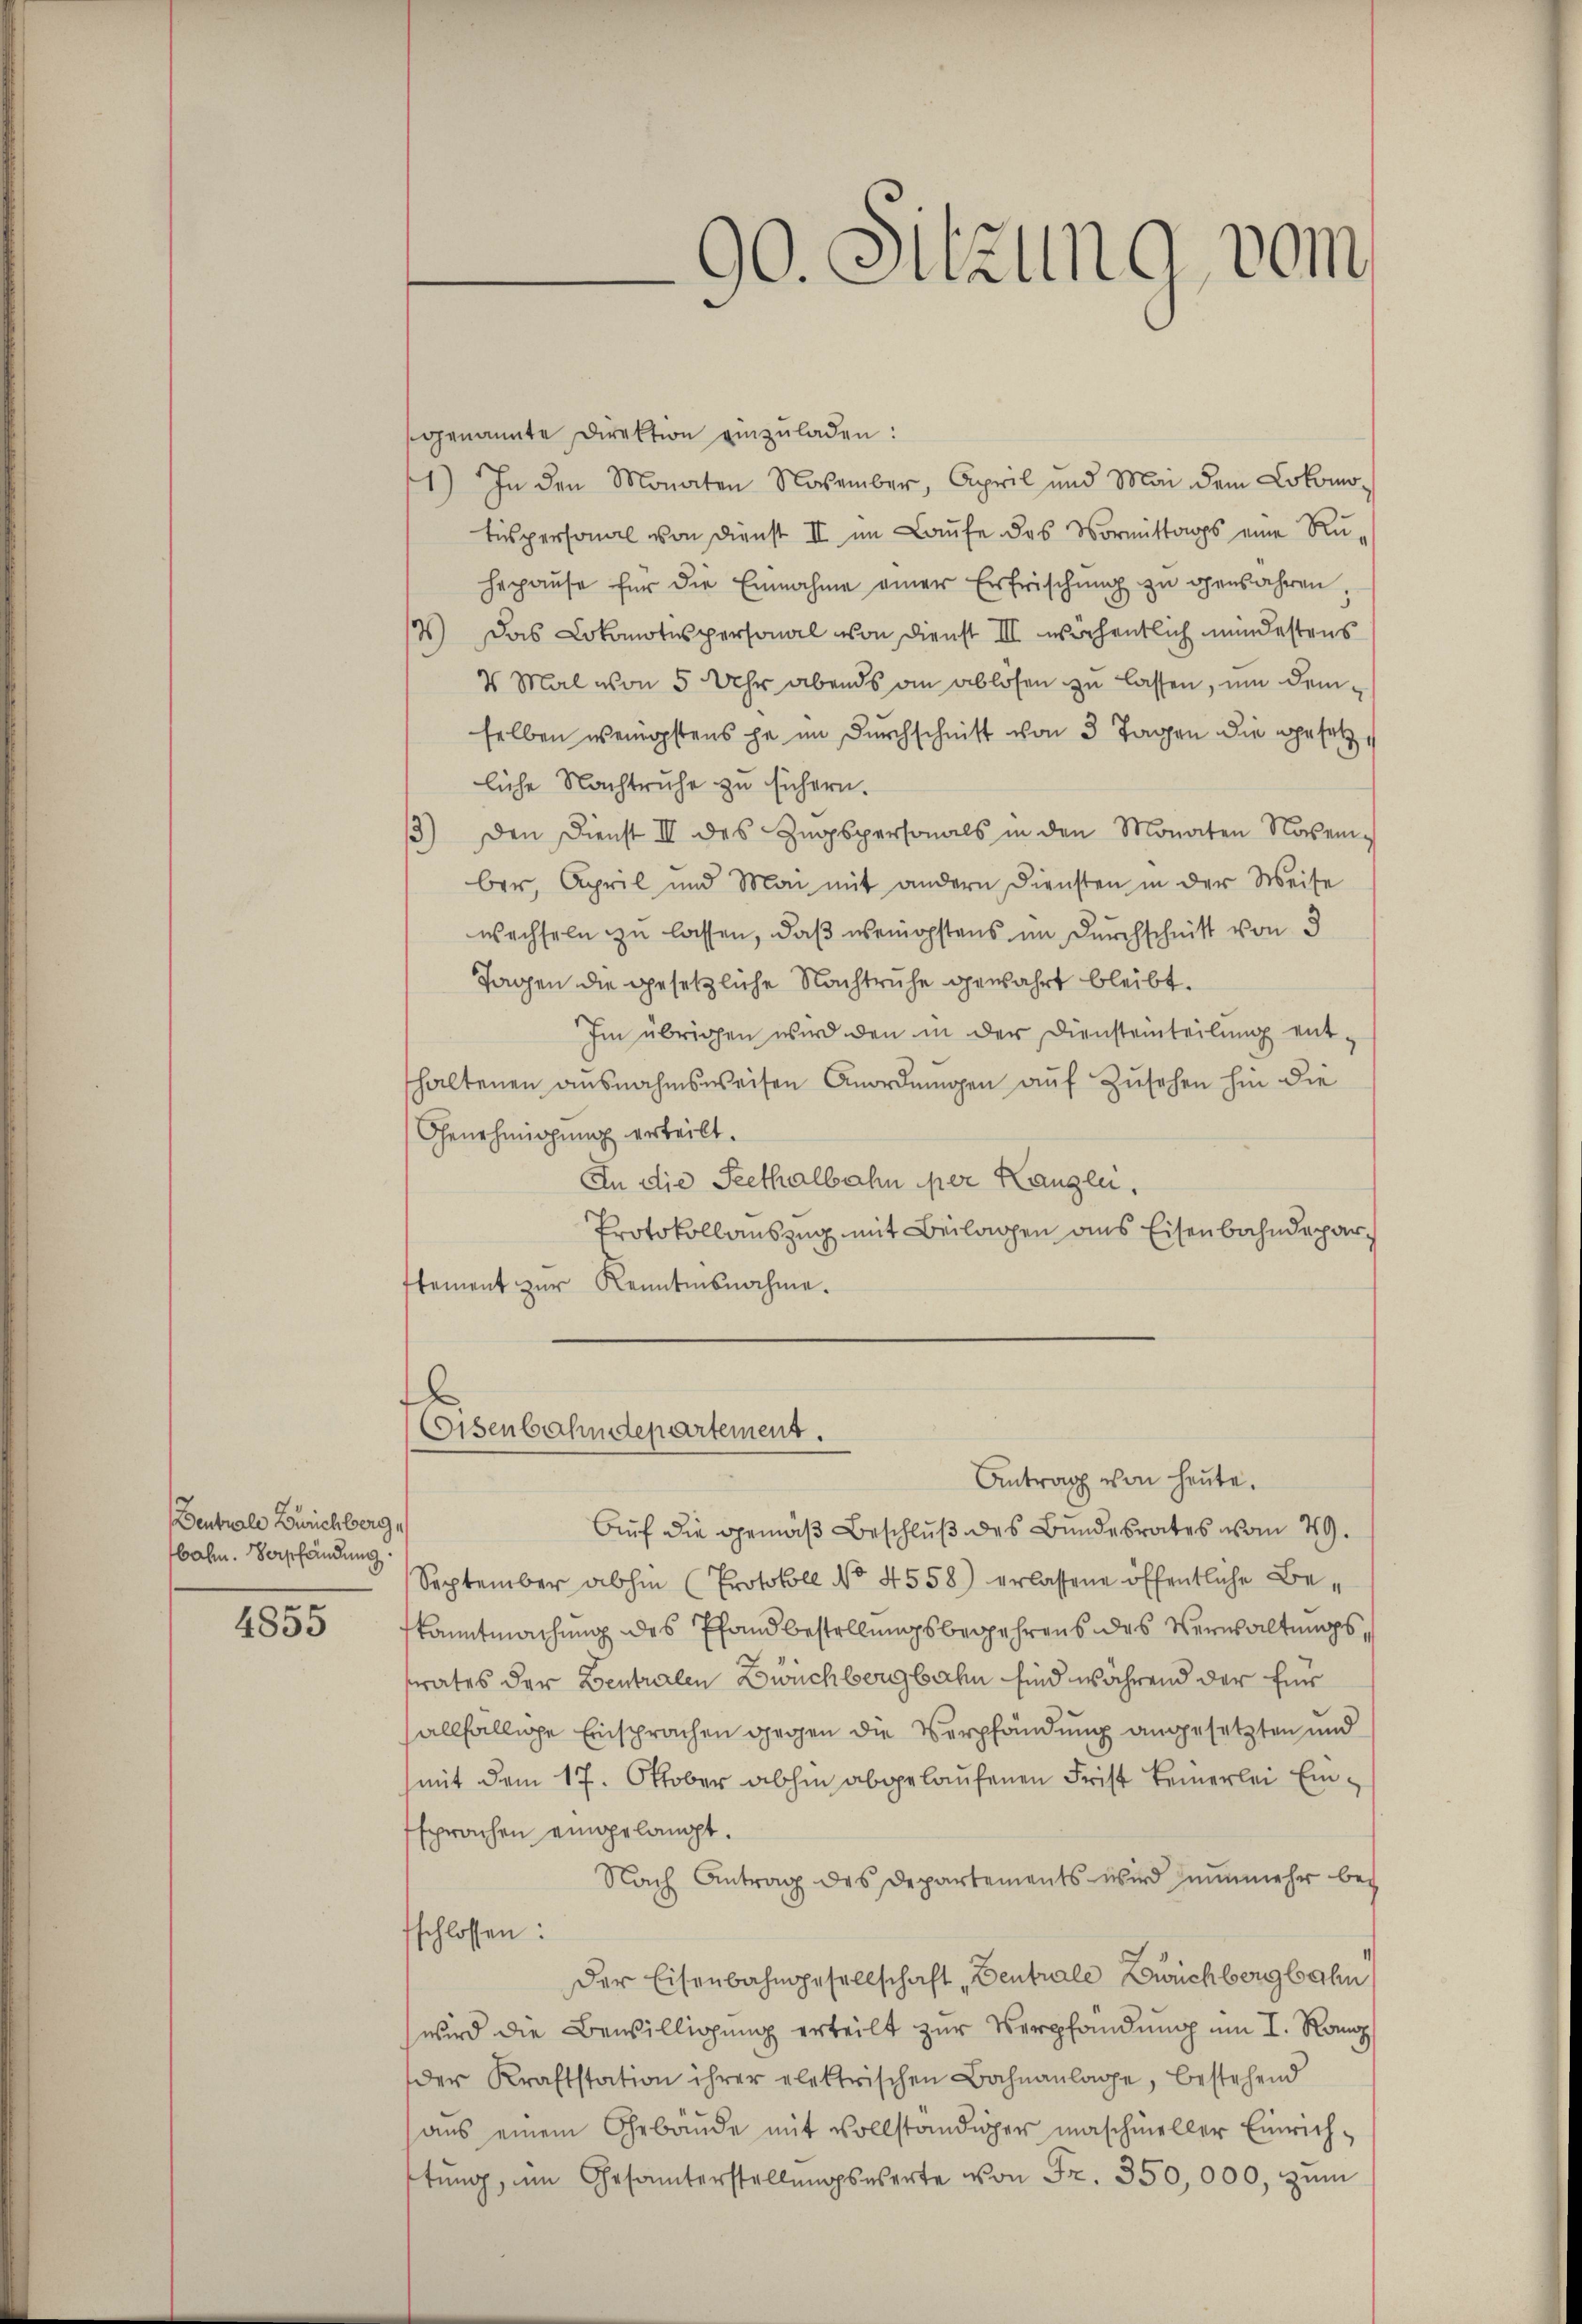
Denbrale Bürichberg,
bahn. Verpfändung

4855

90. Sitzung vom

genannte Direktion einzŭladen:
1) In den Monaten November, April und Mai dem Lokomotispersonal von Dienst II im Laufe des Vormittags eine Ru-
Heraŭse für die Einnahme einer Erfrischŭng zŭ genbahren,
2) Das Lokomotes personal von Dienst III wöchentlich mindestens
2 Mal von 5 Uhr abends an ablösen zu lassen, um demselben wenigstens ja im Durchschnitt von 3 Tagen die gesetz,
liche Nachtruhe zu sichern.
3) Den Dienst III des Zugspersonals in den Monaten Nasenber, April und Man mit andern Diensten in der Weise
wechseln zu lassen, daß wenigstens im Durchschnitt von 3
Tagen die gesetzliche Nachtruhe gewahrt bleibt.
Im übrigen wird den in der Diensteinteilung entthaltenen ausnahmsweisen Anordnungen auf Zusehen hin die
Genehmigung erteilt.
In die Seethalbahn per Kanzen,
Protokollauszug mit Beilagen aus Eisenbahndeparstement zur Kenntnisnahme.
Eisenbahndepartement.
Antrag von heute.
Auf die gemäß Beschluß des Bundesrates vom 29.
September abhin (Protokoll No 4558) erlassene öffentliche Bekanntmachung des Pfandbestellungsbegehrens des Verwaltungssrates der Bentralen Zwichbergbahn sind während der Ein
allfällige Einsprachen gegen die Verpfändung angesetzten und
mit dem 17. Oktober abhin abgelaufenen Frist keinerlei Einsprachen eingelangt.
Nach Antrag des Departements wird nunmehr be-
schlossen:
Der Eisenbahngesellschaft „Dentrale Buchbergbahn
wird die Bewilligung erteilt zur Verpfandung um I. Rang
der Kraftstation ihrer elektrischen Bahnanlage, bestehend
aus einem Gebäude mit vollständiger maschineller Einrichtŭng, um Gesanterstellŭngswerte von Fr. 350,000, zum